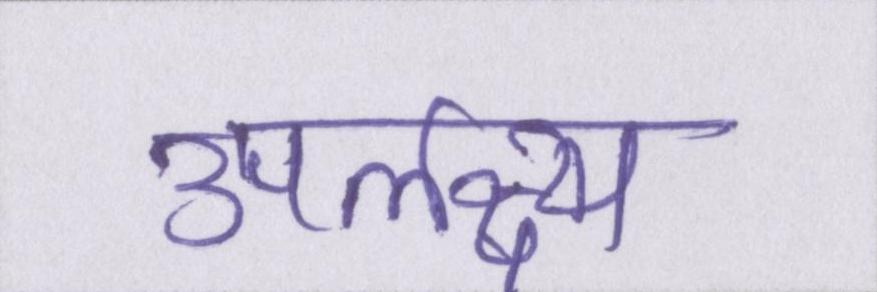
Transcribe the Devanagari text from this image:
उपलक्ष्य